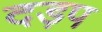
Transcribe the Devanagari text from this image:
दड़प